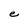
Character: e